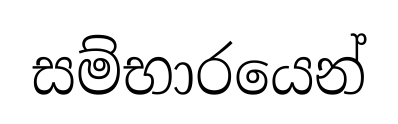
සම්භාරයෙන්